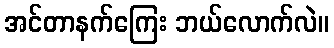
အင်တာနက်ကြေး ဘယ်လောက်လဲ။